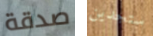
صدقة ستجدين